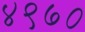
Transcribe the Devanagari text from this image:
४९७०